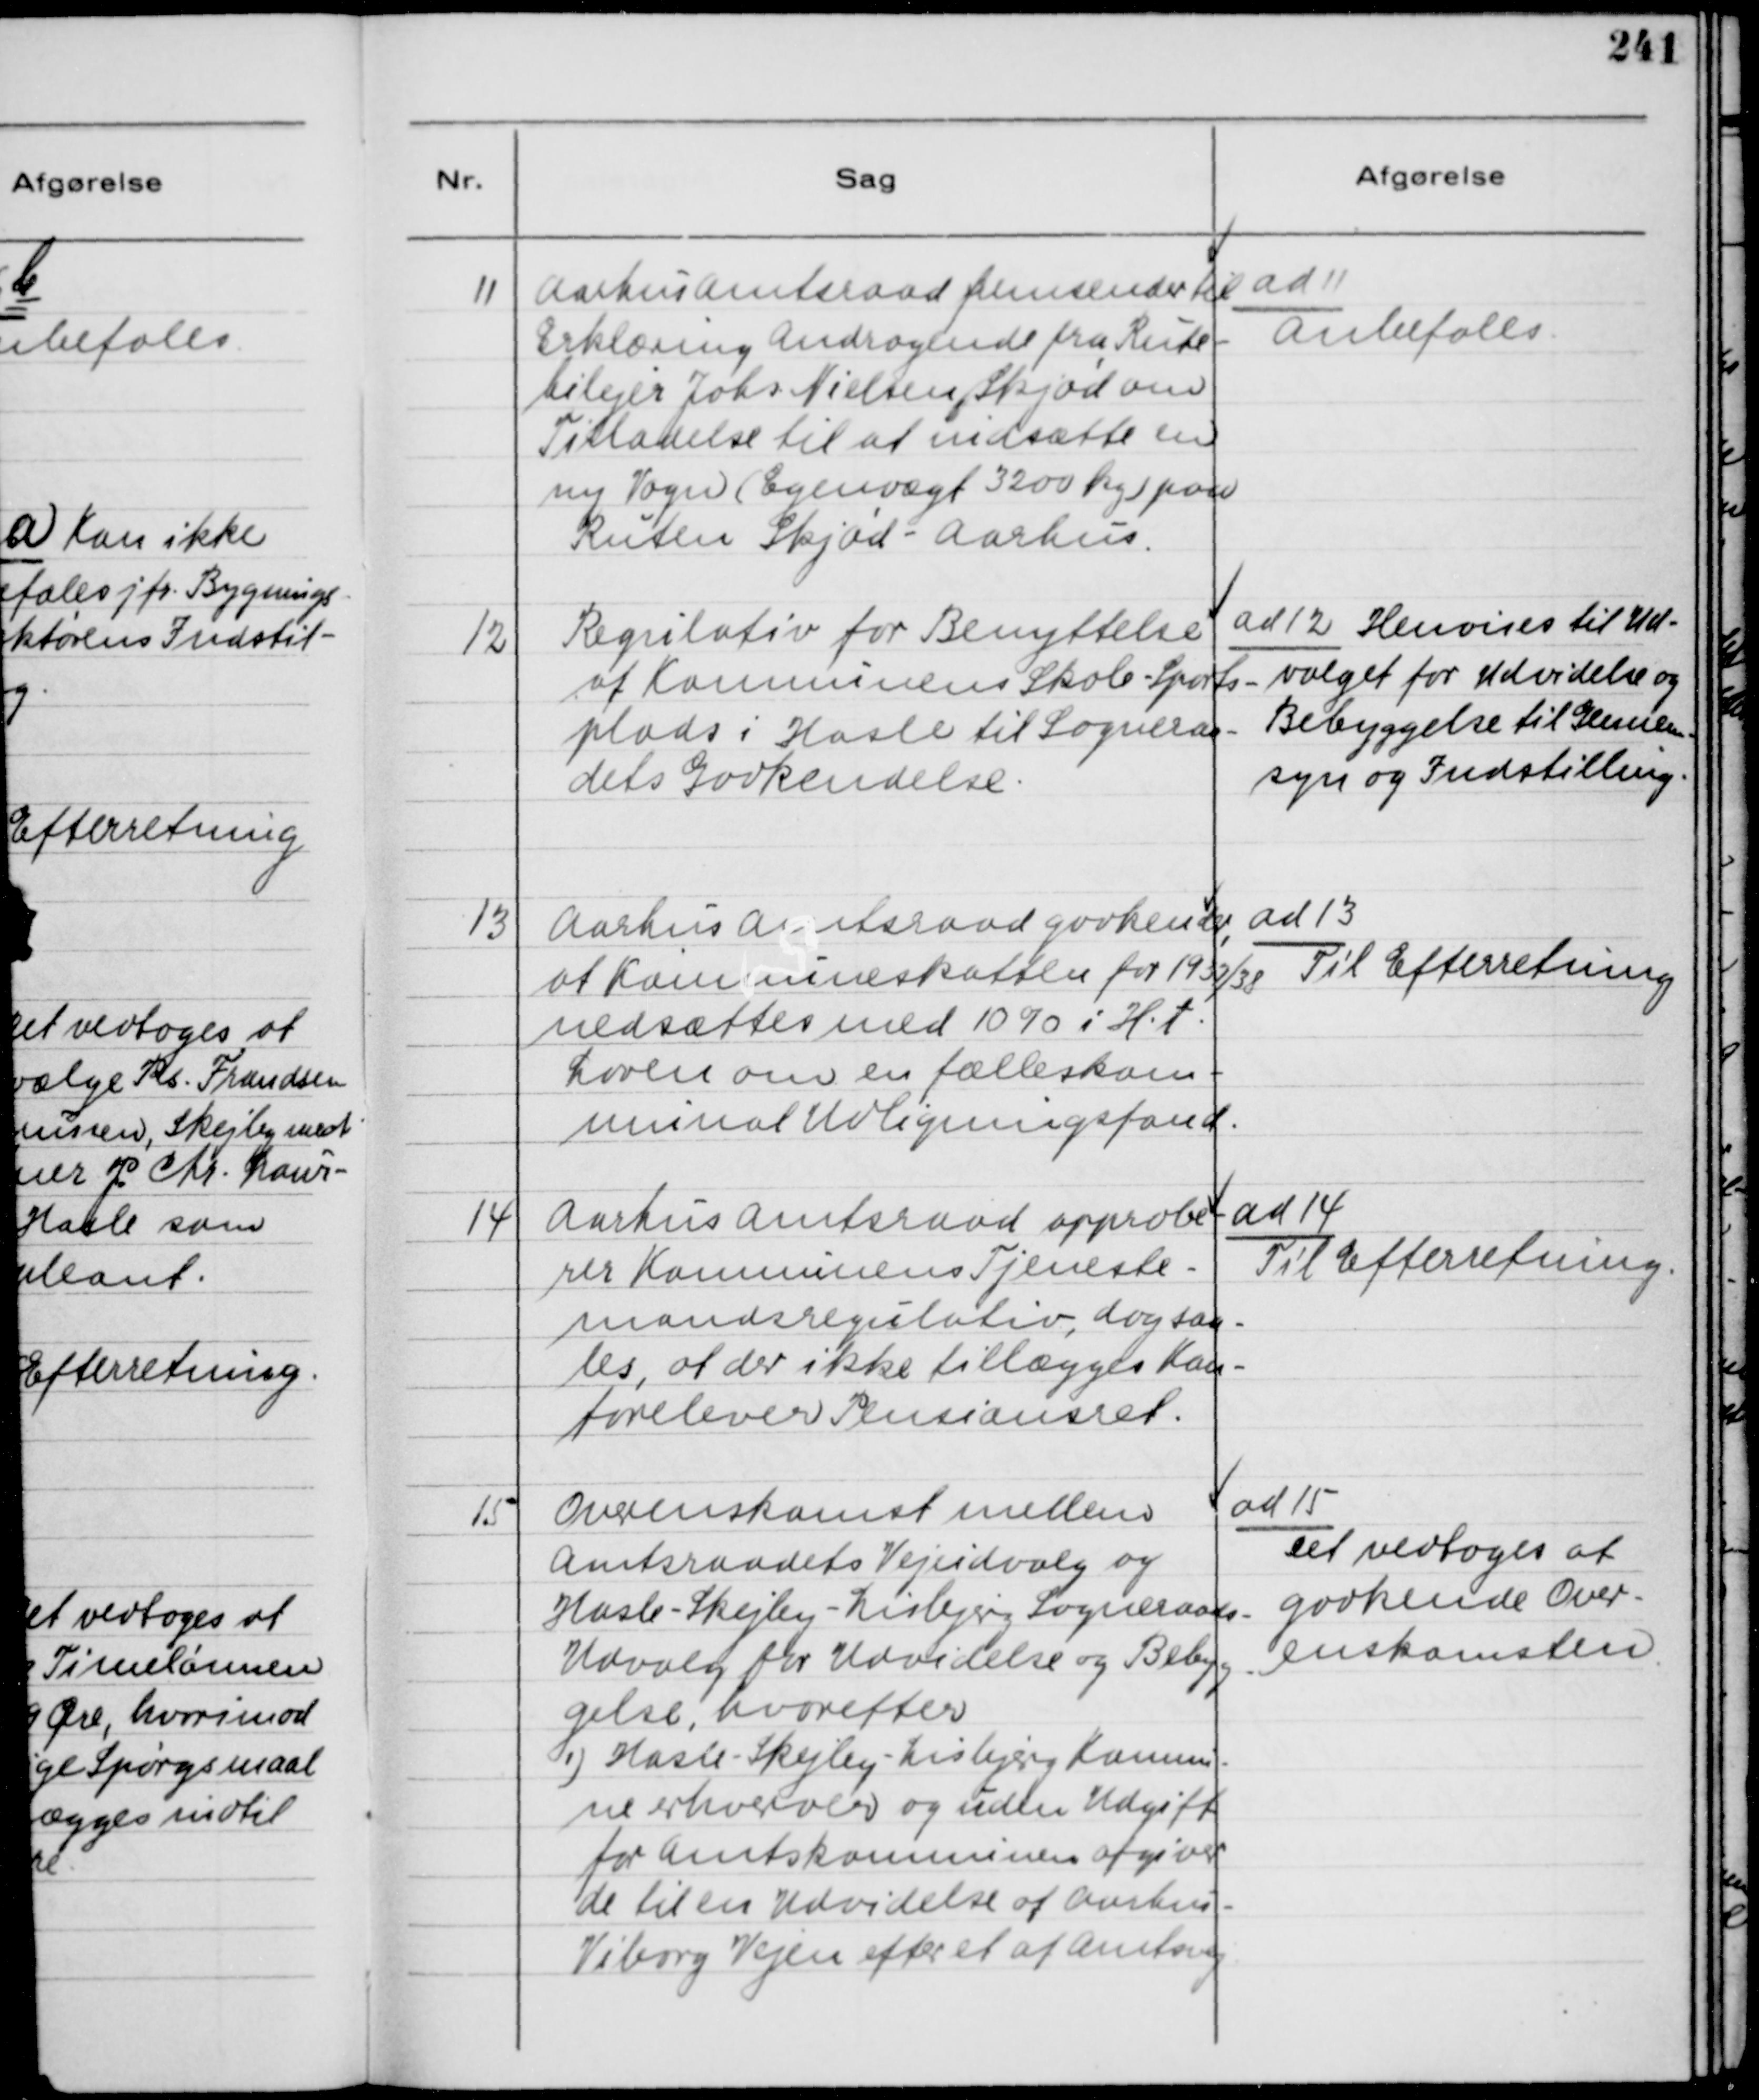
Transskription:
11
Aarhus Amtsraad fremsender til
Erklæring Andragende fra Rute-
bilejer Johs. Nielsen, Skjød om
Tilladelse til at indsætte en
ny Vogn ( Egenvægt 3200 kg ) paa
Ruten Skjød - Aarhus.

ad 11
Anbefales.

12
Regulativ for Benyttelse
af Komnunens Skole - Sports-
plads i Hasle til Sogneraa-
dets Godkendelse.

ad 12 Henvises til Ud-
valget for Udvidelse og
Bebyggelse til Gennem-
syn og Indstilling.

13
Aarhus Amtsraad godkender,
at Komnuneskatten for 1937/38
nedsættes med 10% i H. t
Loven om en fælleskom-
munal Udligningsfond.

ad 13
Til Efterretning

14
Aarhus Amtsraad approbe
rer Komnunens Tjeneste-
mandsregulativ, dog saa-
les, at der ikke tillægges Kon-
torelever Pensionsret.

ad 14
Til Efterretning.

15
Overenskomst mellem
Amtsraadets Vejudvalg og
Hasle - Skejby - Lisbjerg Sogneraads-
Udvalg for Udvidelse og Bebyg-
gelse, hvorefter
1) Hasle - Skejby - Lisbjerg Kommu-
ne erhverver og uden Udgift
for Amtskomnunen afgiver
de til en Udvidelse af Aarhus -
Viborg Vejen efter et af Amtsvej

ad 15
Det vedtoges at
godkende Over-
enskomsten.